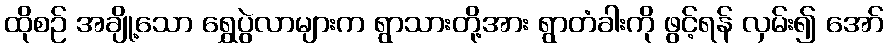
ထိုစဉ် အချို့သော ရွှေပွဲလာများက ရွာသားတို့အား ရွာတံခါးကို ဖွင့်ရန် လှမ်း၍ အော်